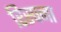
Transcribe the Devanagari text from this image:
रिस्पना